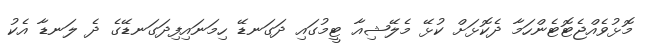
މޮޅުވެއްޖެޓޮޓެންހަމާ ދެކޮޅަށް ކުޅޭ މެލޭޝިއާ ޓީމުގައި ދަގަނޑޭ ހިމަނައިފިދަގަނޑޭގެ ދެ ލަނޑާ އެކު